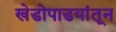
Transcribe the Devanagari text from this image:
खेडोपाडयांतून